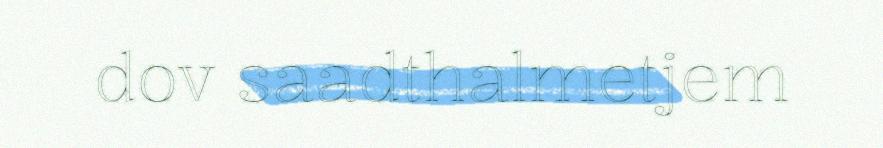
dov saadthalmetjem